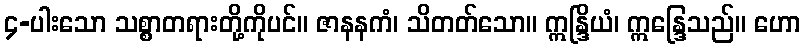
၄-ပါးသော သစ္စာတရားတို့ကိုပင်။ ဇာနနကံ၊ သိတတ်သော။ ဣန္ဒြိယံ၊ ဣန္ဒြေသည်။ ဟော